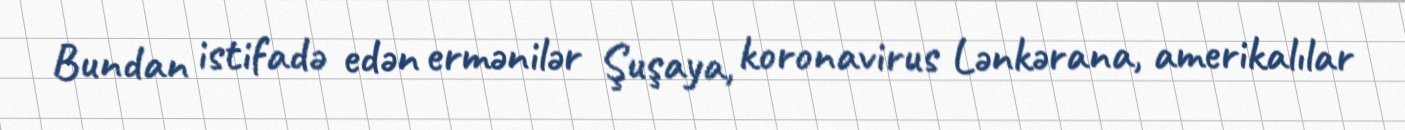
Bundan istifadə edən ermənilər Şuşaya, koronavirus Lənkərana, amerikalılar